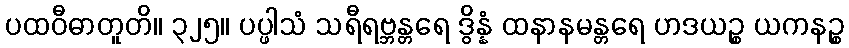
ပထဝီဓာတူတိ။ ၃၂၅။ ပပ္ဖါသံ သရီရဗ္ဘန္တရေ ဒွိန္နံ ထနာနမန္တရေ ဟဒယဉ္စ ယကနဉ္စ